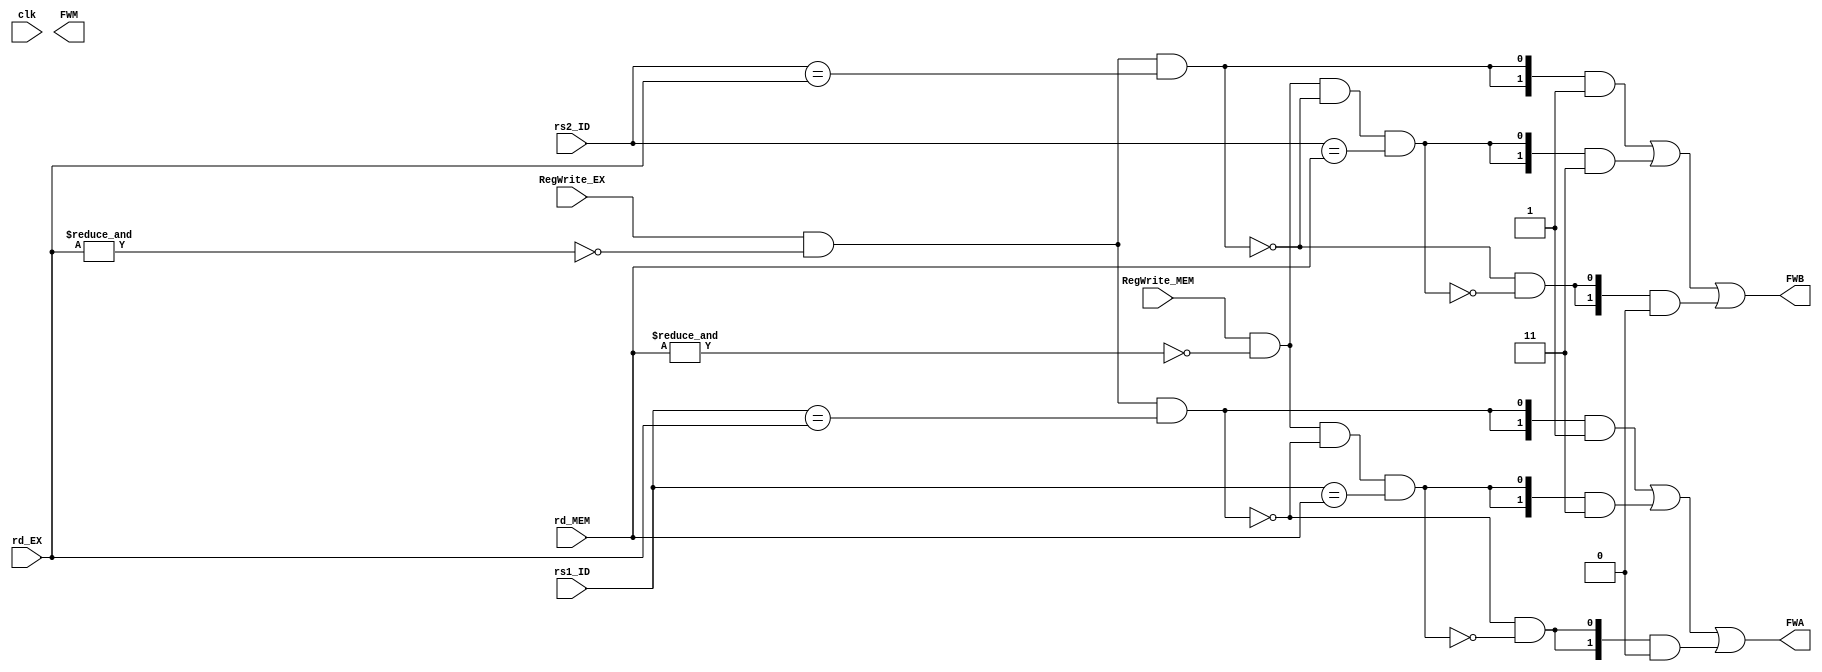
`timescale 1ns / 1ps
//////////////////////////////////////////////////////////////////////////////////
// Company: 
// Engineer: 
// 
// Design Name: 
// Module Name: ForwardingUnit
// Project Name: 
// Target Devices: 
// Tool Versions: 
// Description: 
// 
// Dependencies: 
// 
// Revision:
// Revision 0.01 - File Created
// Additional Comments:
// 
//////////////////////////////////////////////////////////////////////////////////


module ForwardingUnit(
    input clk,
    
    input [4:0] rs1_ID,
    input [4:0] rs2_ID,
    
    input [4:0] rd_EX,
    input [4:0] rd_MEM,
    
    input RegWrite_EX, 
    input RegWrite_MEM,
    
    output [1:0]FWA,
    output [1:0]FWB,
    output FWM
    
    );
    
    wire EX_hazard_A = RegWrite_EX & !(&rd_EX) & (rs1_ID == rd_EX);
    wire MEM_hazard_A = RegWrite_MEM & !(&rd_MEM) & ! EX_hazard_A & (rs1_ID == rd_MEM);
    
    
    
    
    wire EX_hazard_B = RegWrite_EX & !(&rd_EX) & (rs2_ID == rd_EX);
    wire MEM_hazard_B = RegWrite_MEM & !(&rd_MEM) & ! EX_hazard_B & (rs2_ID == rd_MEM);
    
    
    assign FWA =  ({2{EX_hazard_A}} & 2'b01)  |  ({2{MEM_hazard_A}} & 2'b11)  | ({2{!EX_hazard_A & !MEM_hazard_A}} & 2'b00) ;
                                
    assign FWB =  ({2{EX_hazard_B}} & 2'b01)  |  ({2{MEM_hazard_B}} & 2'b11)  | ({2{!EX_hazard_B & !MEM_hazard_B}} & 2'b00) ;
    
    
    
    
    
    always @(posedge clk ) begin
    
    end      
    
    
    
endmodule